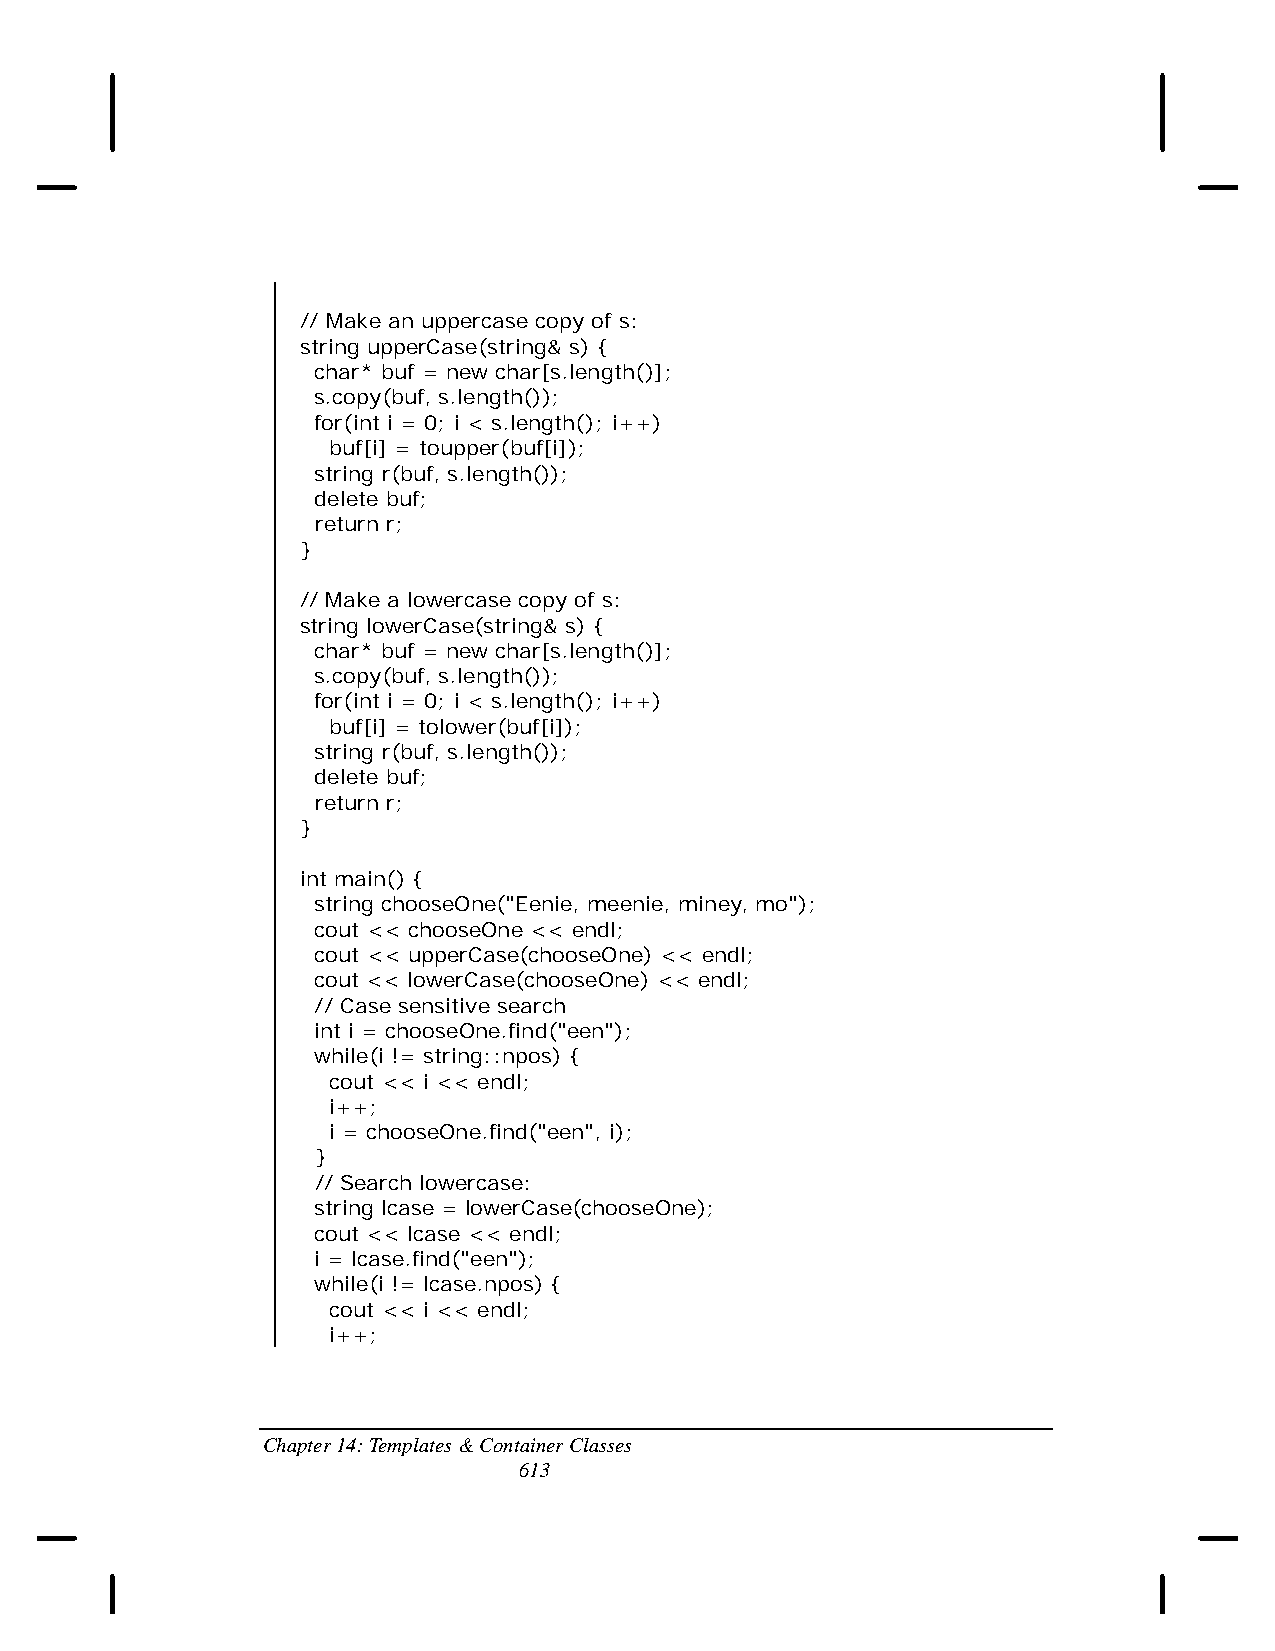
// Make an uppercase copy of s:
 string upperCase(string& s) {
 char* buf = new char[s.length()];
 s.copy(buf, s.length());
 for(int i = 0; i < s.length(); i++)
 buf[i] = toupper(buf[i]);
 string r(buf, s.length());
 delete buf;
 return r;
 }
 // Make a lowercase copy of s:
 string lowerCase(string& s) {
 char* buf = new char[s.length()];
 s.copy(buf, s.length());
 for(int i = 0; i < s.length(); i++)
 buf[i] = tolower(buf[i]);
 string r(buf, s.length());
 delete buf;
 return r;
 }
 int main() {
 string chooseOne("Eenie, meenie, miney, mo");
 cout << chooseOne << endl;
 cout << upperCase(chooseOne) << endl;
 cout << lowerCase(chooseOne) << endl;
 // Case sensitive search
 int i = chooseOne.find("een");
 while(i != string::npos) {
 cout << i << endl;
 i++;
 i = chooseOne.find("een", i);
 }
 // Search lowercase:
 string lcase = lowerCase(chooseOne);
 cout << lcase << endl;
 i = lcase.find("een");
 while(i != lcase.npos) {
 cout << i << endl;
 i++;
 Chapter 14: Templates & Container Classes
 613